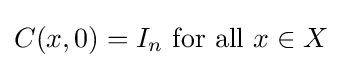
C(x,0)=I_{n}{\rm {~for~all~}}x\in X